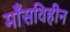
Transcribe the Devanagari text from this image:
माँसविहीन